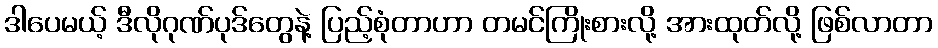
ဒါပေမယ့် ဒီလိုဂုဏ်ပုဒ်တွေနဲ့ ပြည့်စုံတာဟာ တမင်ကြိုးစားလို့ အားထုတ်လို့ ဖြစ်လာတာ